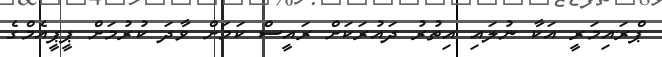
ޕްރައިމަރީ އަކާ ނުލައި އިތުރު ދައުރަކަށް ރައީސް ކަމަށް ވާދަ ކުރުމަށް ޕީޕީއެމްގެ